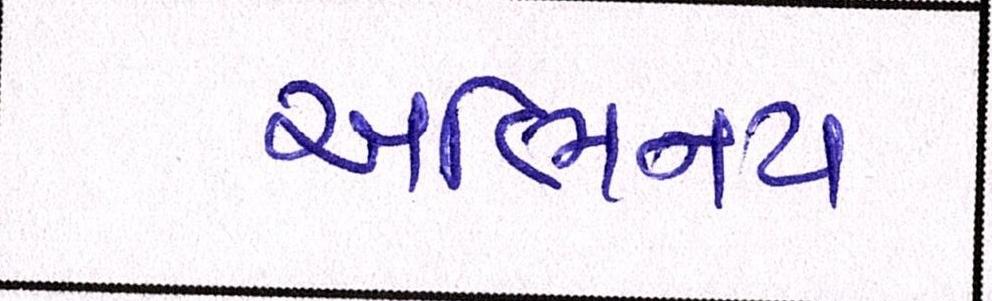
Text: અભિનય